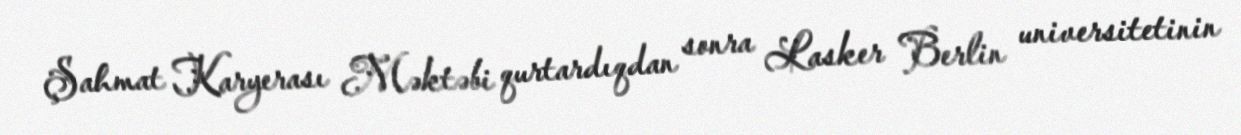
Şahmat Karyerası Məktəbi qurtardıqdan sonra Lasker Berlin universitetinin